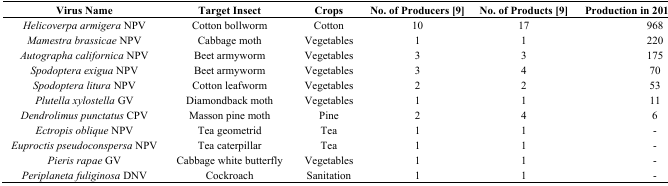
| Virus Name | Target Insect | Crops | No. of Producers [9] | No. of Products [9] | Production in 2012 (tons) [10] |
 | --- | --- | --- | --- | --- | --- |
 | Helicoverpa armigera NPV | Cotton bollworm | Cotton | 10 | 17 | 968 |
 | Mamestra brassicae NPV | Cabbage moth | Vegetables | 1 | 1 | 220 |
 | Autographa californica NPV | Beet armyworm | Vegetables | 3 | 3 | 175 |
 | Spodoptera exigua NPV | Beet armyworm | Vegetables | 3 | 4 | 70 |
 | Spodoptera litura NPV | Cotton leafworm | Vegetables | 2 | 2 | 53 |
 | Plutella xylostella GV | Diamondback moth | Vegetables | 1 | 1 | 11 |
 | Dendrolimus punctatus CPV | Masson pine moth | Pine | 2 | 4 | 6 |
 | Ectropis oblique NPV | Tea geometrid | Tea | 1 | 1 | - |
 | Euproctis pseudoconspersa NPV | Tea caterpillar | Tea | 1 | 1 | - |
 | Pieris rapae GV | Cabbage white butterfly | Vegetables | 1 | 1 | - |
 | Periplaneta fuliginosa DNV | Cockroach | Sanitation | 1 | 1 | - |